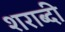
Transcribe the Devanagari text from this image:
शराब्दी